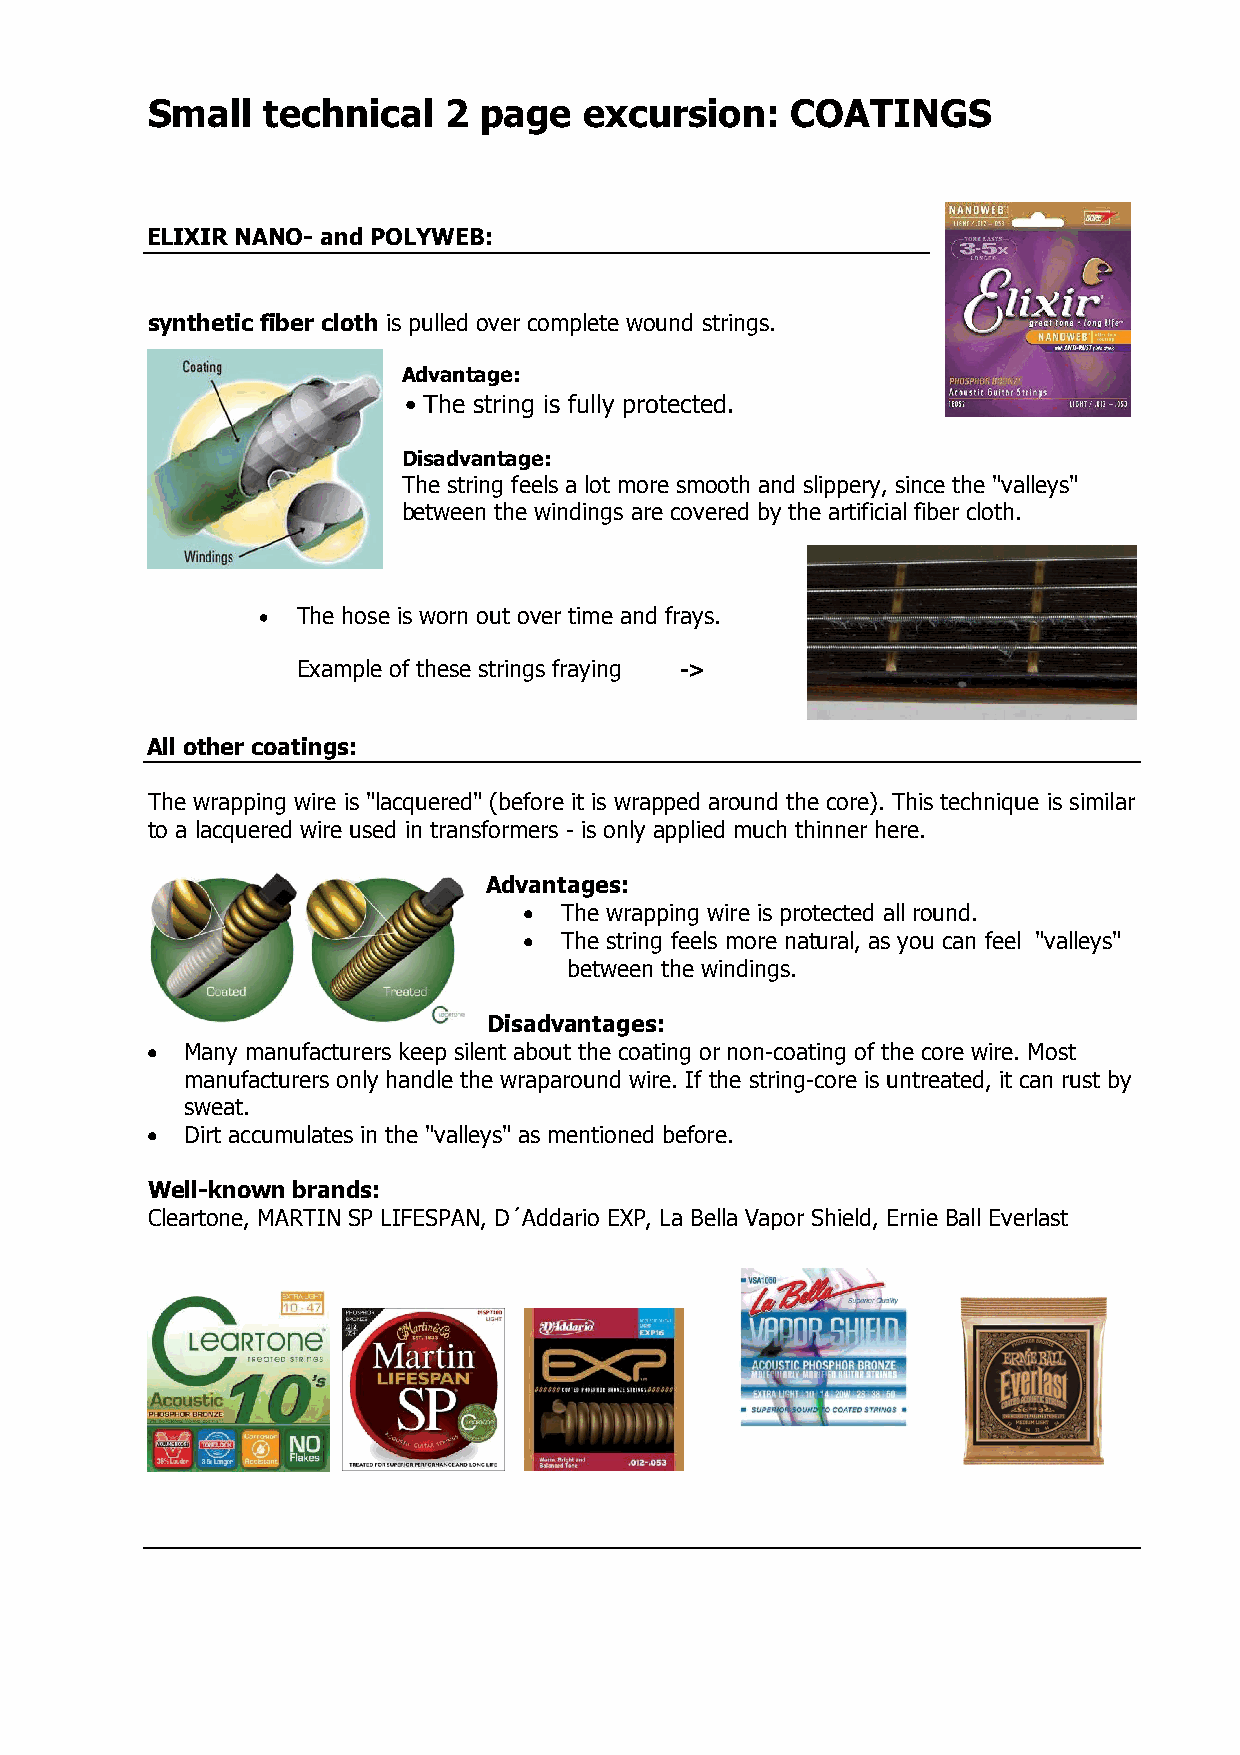
Small  technical   2  page   excursion:   COATINGS
 ELIXIR NANO- and POLYWEB:
 synthetic fiber cloth is pulled over complete wound strings.
 Advantage:
 • The string is fully protected.
 Disadvantage:
 The string feels a lot more smooth and slippery, since the "valleys"
 between the windings are covered by the artificial fiber cloth.
 •  The hose is worn out over time and frays.
 Example of these strings fraying ->
 All other coatings:
 The wrapping wire is "lacquered" (before it is wrapped around the core). This technique is similar
 to a lacquered wire used in transformers - is only applied much thinner here.
 Advantages:
 • The wrapping wire is protected all round.
 • The string feels more natural, as you can feel "valleys"
 between the windings.
 Disadvantages:
 • Many manufacturers keep silent about the coating or non-coating of the core wire. Most
 manufacturers only handle the wraparound wire. If the string-core is untreated, it can rust by
 sweat.
 • Dirt accumulates in the "valleys" as mentioned before.
 Well-known brands:
 Cleartone, MARTIN SP LIFESPAN, D´Addario EXP, La Bella Vapor Shield, Ernie Ball Everlast